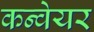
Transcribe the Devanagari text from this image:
कन्‍वेयर